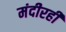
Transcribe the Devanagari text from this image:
मंदीरही